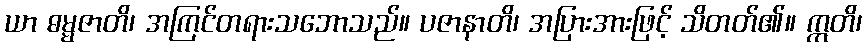
ယာ ဓမ္မဇာတိ၊ အကြင်တရားသဘောသည်။ ပဇာနာတိ၊ အပြားအားဖြင့် သိတတ်၏။ ဣတိ၊